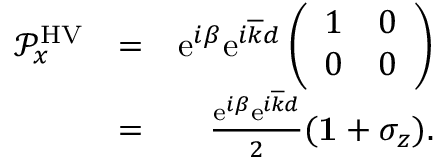
\begin{array} { r l r } { { \mathcal P } _ { x } ^ { \mathrm { H V } } } & { = } & { \mathrm { e } ^ { i \beta } \mathrm { e } ^ { i \overline { { k } } d } \left( \begin{array} { c c } { 1 } & { 0 } \\ { 0 } & { 0 } \end{array} \right) } \\ & { = } & { \frac { \mathrm { e } ^ { i \beta } \mathrm { e } ^ { i \overline { { k } } d } } { 2 } ( { \bf 1 } + \sigma _ { z } ) . } \end{array}